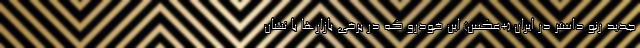
جدید رنو داستر در ایران (+عکس) این خودرو که در برخی بازارها با نشان